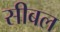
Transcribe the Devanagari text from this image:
सीबल